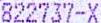
822737-X